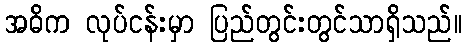
အဓိက လုပ်ငန်းမှာ ပြည်တွင်းတွင်သာရှိသည်။